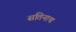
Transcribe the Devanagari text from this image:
सतिनाथ